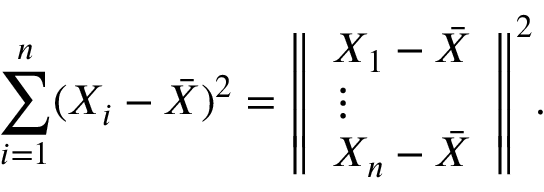
\sum _ { i = 1 } ^ { n } ( X _ { i } - { \bar { X } } ) ^ { 2 } = { \left\Vert \begin{array} { l } { X _ { 1 } - { \bar { X } } } \\ { \vdots } \\ { X _ { n } - { \bar { X } } } \end{array} \right\Vert } ^ { 2 } .